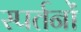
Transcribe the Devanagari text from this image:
स्पर्तनों